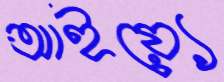
আইয়্যে